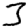
Digit: 3